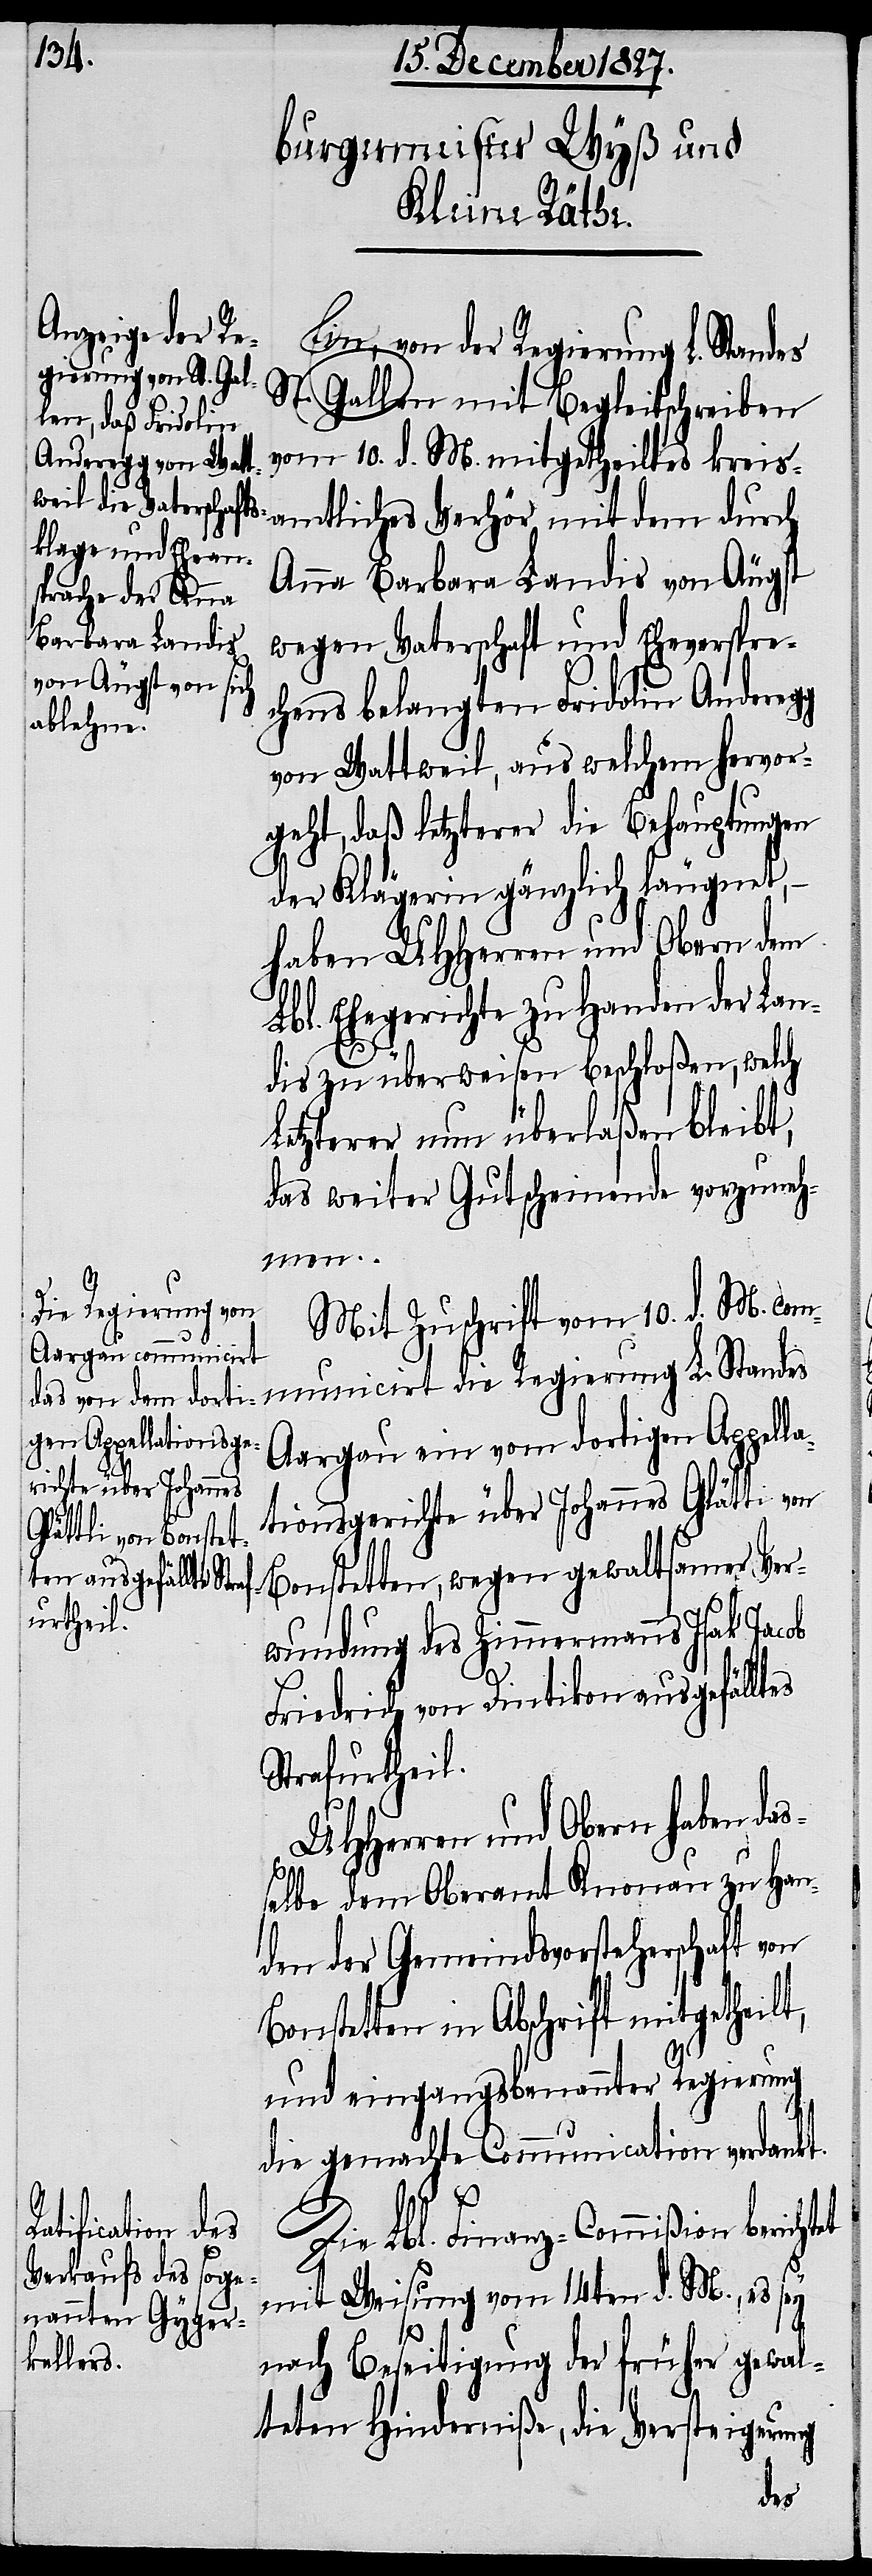
muncirt die Regierung L. Standes
St. Gallen mit Begleitschreiben
vom 10. d. M. mitgetheiltes kreis¬
Anna Barbara Landis von Äugst
wegen Vaterschaft und Eheversprec¬
hen belangten Fridolin Andereg¬
von Wattweil, aus welchem hervor¬
geht, daß letzterer die Behauptungen
der Klägerin gänzlich läugnet,
haben UHHerren und Obern dem
Lbl. Ehegerichte zu Handen der Lan¬
dis zu überweisen beschloßen, welch
Letzterer nun überlaßen bleibt,
das weiter Gutscheinende vorzuneh¬
men.
Mit Zuschrift vom 10. d. M. com¬
Aargau ein vom dortigen Appella¬
tionsgerichte über Johannes Glättli von
Bonstetten, wegen gewaltsamer Ver¬
wundung des Zimmermanns Isak Jacob
Friedrich von Dintikon ausgefälltes
Strafurtheil.
UHHerren und Obern haben das¬
selbe dem Oberamt Knonau zu Han¬
den der Gemeindsvorsteherschaft von
Bonstetten in Abschrift mitgetheilt,
und einangsbenannter Regierung
die gemachte Communication verdankt.
g
amtliches
Die Lbl. Finanz-Commißion berichtet
mit Weisung vom 14ten d. M., es sey
nach Beseitigung der früher gewal¬
teten Hinderniße, die Versteigerung
dem